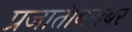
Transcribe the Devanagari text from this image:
प्रजातीबरोबर